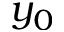
y _ { 0 }